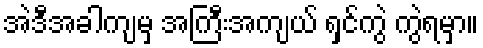
အဲဒီအခါကျမှ အကြီးအကျယ် ရှင်ကွဲ ကွဲရမှာ။